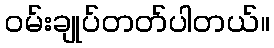
၀မ်းချုပ်တတ်ပါတယ်။